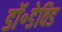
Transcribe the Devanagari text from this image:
डॉ॰डेविड